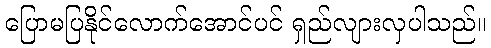
ပြောမပြနိုင်လောက်အောင်ပင် ရှည်လျားလှပါသည်။